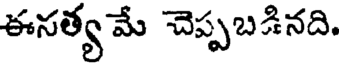
ఈనత్య మే చెప్పబడినది.